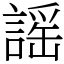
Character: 謡